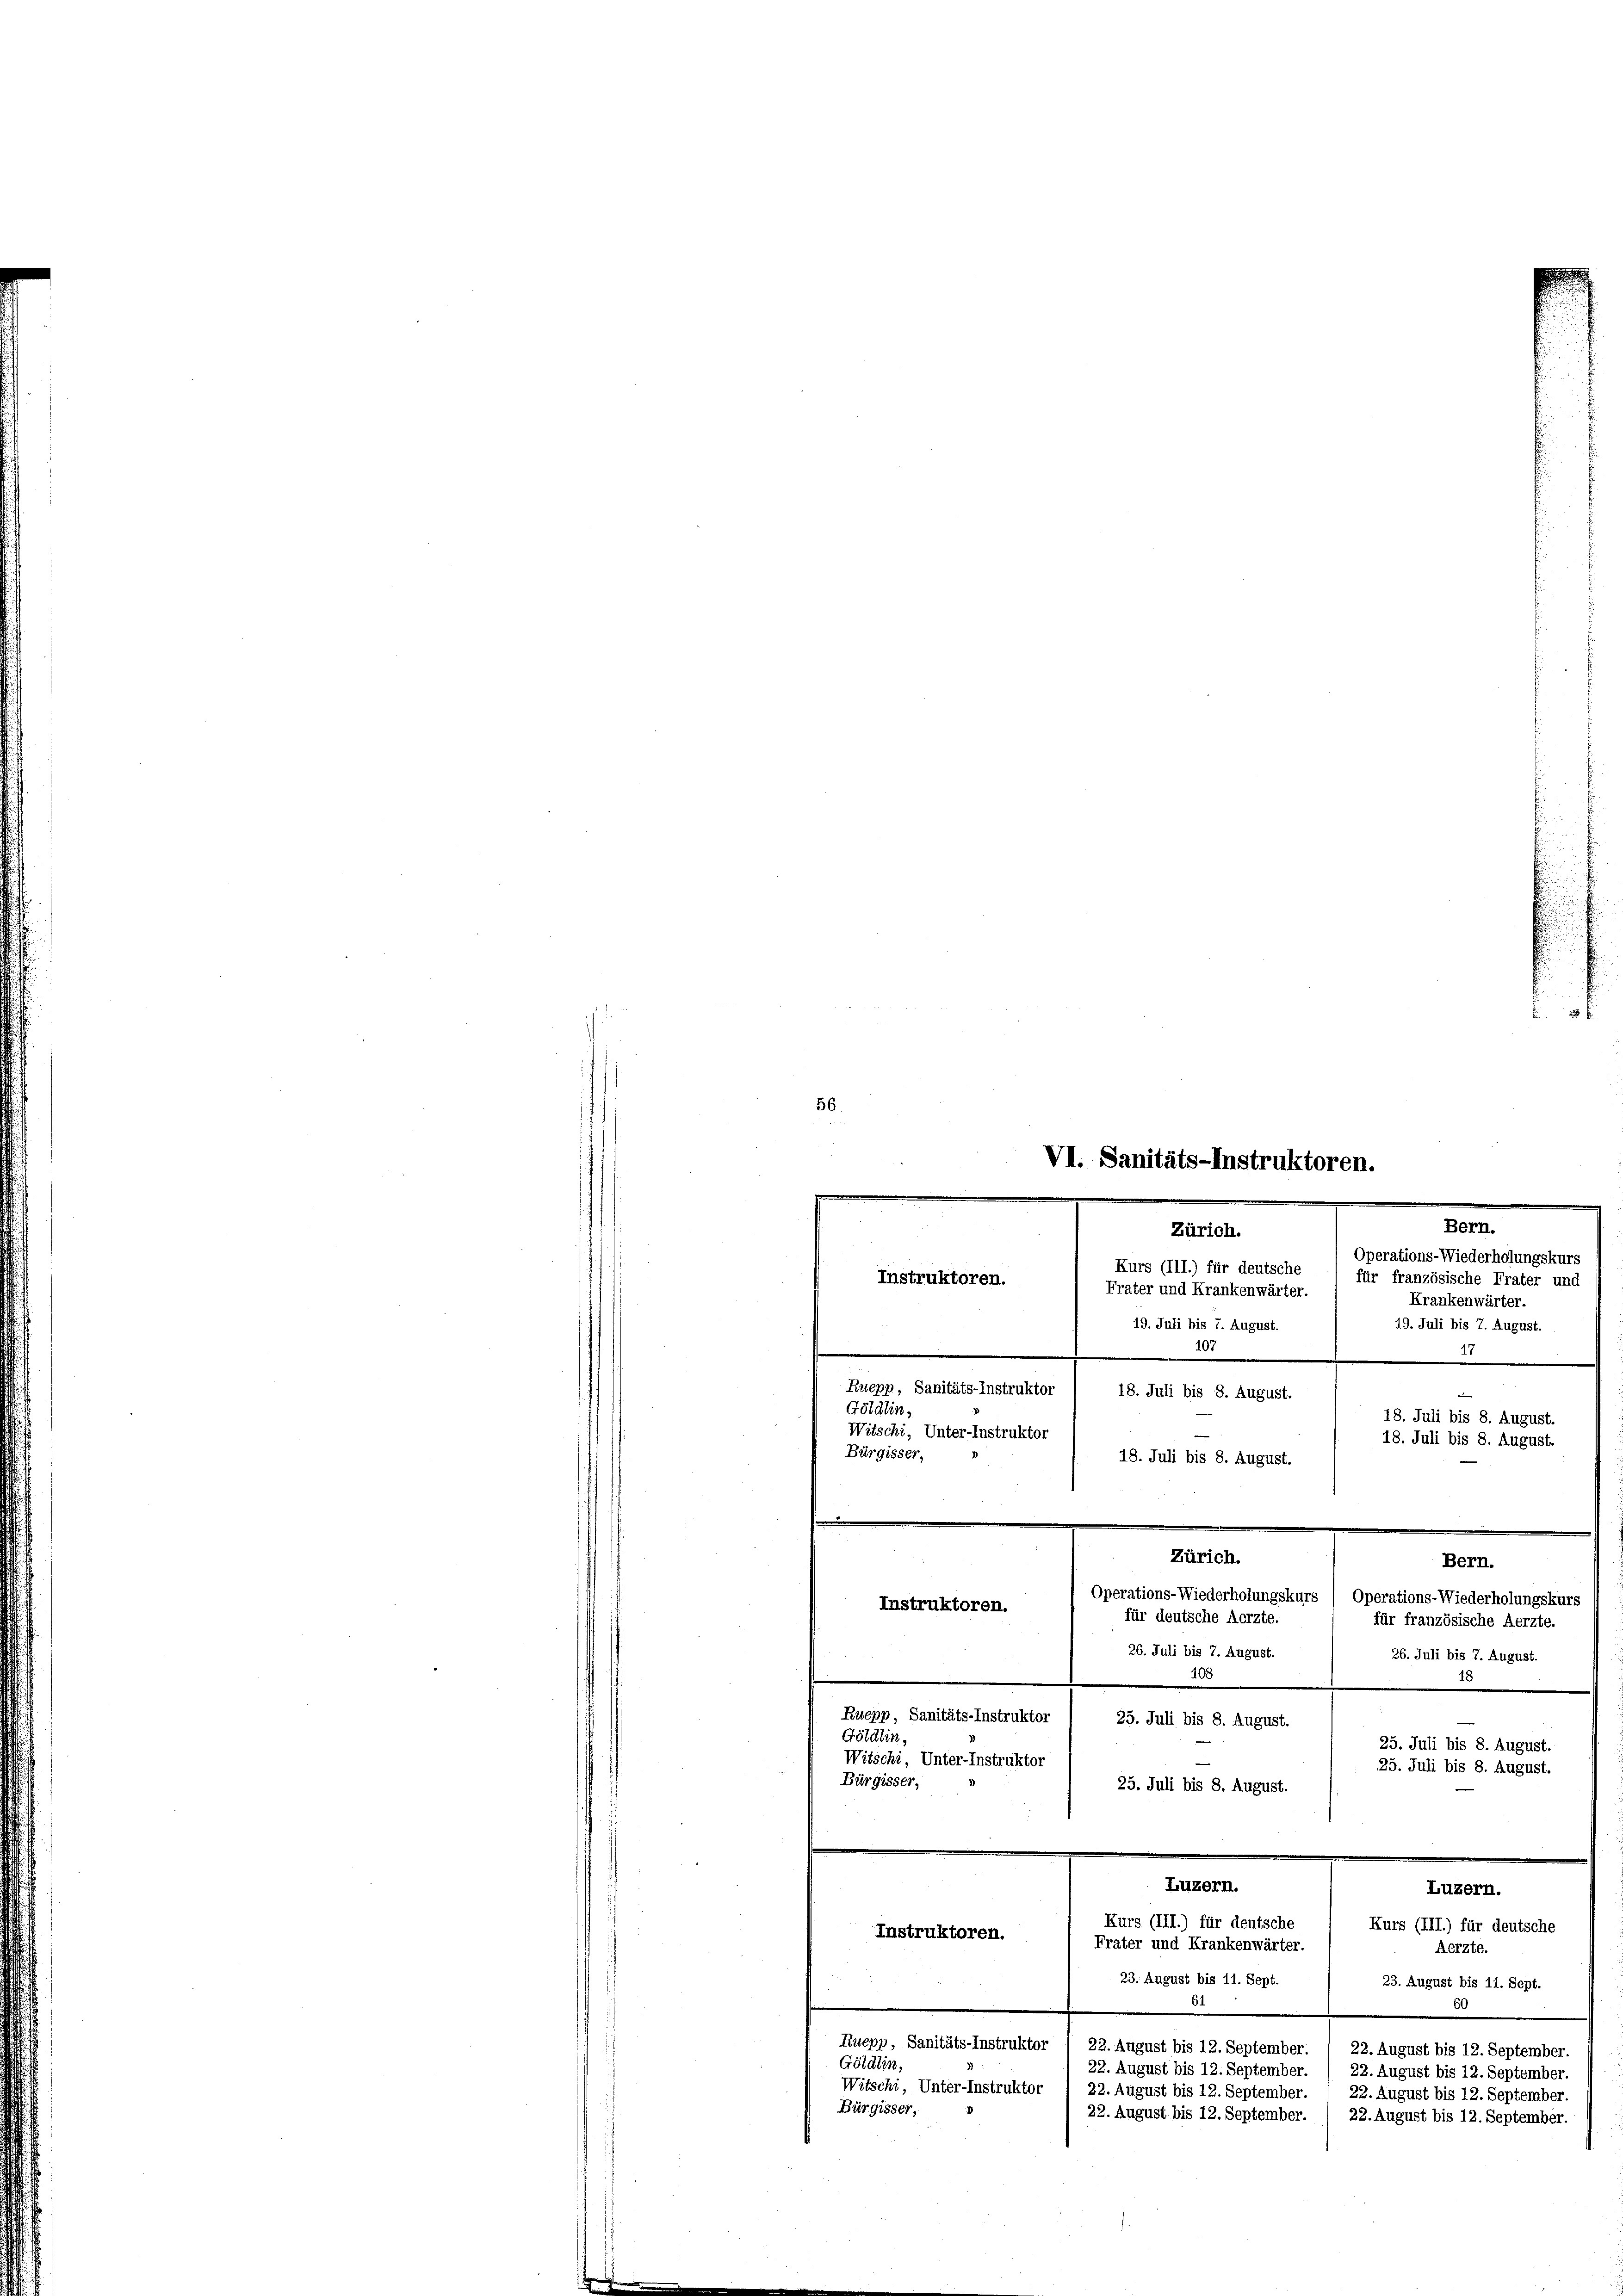
56.

VI. Sanitäts-Instruktoren.
Bern.
Zürich.
Operations-Wiederholungskurs
Kurs (III.) für deutsche
für französische Frater und
Instruktoren.
Frater und Krankenwärter.
Krankenwärter.
19. Juli bis 7. August.
19. Juli bis 7. August.

Zürich.
Bern.
Operations-Wiederholungskurs
Operations-Wiederholungskurs
Instruktoren.
für deutsche Aerzte.
für französische Aerzte.
26. Juli bis 7. August.
26. Juli bis 7. August.
108
18
Ruepp, Sanitäts-Instruktor
25. Juli bis 8. August.
Göldlin,
25. Juli bis 8. August.
Witschi, Unter-Instruktor
25. Juli bis 8. August.

107
Ruepp, Sanitäts-Instruktor
18. Juli bis 8. August.
Göldlin,
18. Juli bis 8. August.
Witschi, Unter-Instruktor
18. Juli bis 8. August.
Bürgisser,
18. Juli bis 8. August.
.

Bürgisser,
25. Juli bis 8. August.

27

Luzern.
Kurs (III.) für deutsche
Kurs (III.) für deutsche
Instruktoren.
Frater und Krankenwärter.
Aerzte.
23. August bis 11. Sept.

Luzern.

23. August bis 11. Sept.
61
0
Ruepp, Sanitäts-Instruktor / 22. August bis 12. September. / 22. August bis 12. September,
Göldlin,
22. August bis 12. September. / 22. August bis 12. September.
Witschi, Unter-Instruktor / 22. August bis 12. September.  22. August bis 12. September.
Bürgisser,
22. August bis 12. September.
22. August bis 12. September.